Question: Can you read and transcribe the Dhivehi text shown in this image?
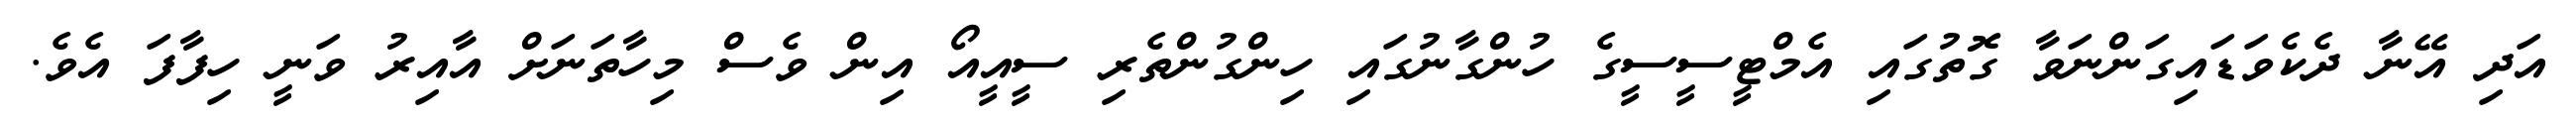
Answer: އަދި އޭނާ ދެކެވަޑައިގަންނަވާ ގޮތުގައި އެމްޓީސީސީގެ ހުންގާނުގައި ހިންގުންތެރި ސީއީއޯ އިން ވެސް މިހާތަނަށް އާއިރު ވަނީ ހިފާފަ އެވެ.